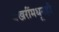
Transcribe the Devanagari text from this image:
बखरींमधूनही